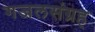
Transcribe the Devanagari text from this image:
गजलसंग्रह